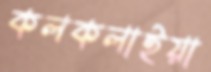
কলকলাইয়া